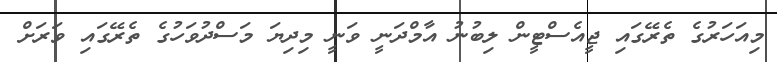
މިއަހަރުގެ ތެރޭގައި ޖީއެސްޓީން ލިބުނު އާމްދަނީ ވަނީ މިދިޔަ މަސްދުވަހުގެ ތެރޭގައި ވަރަށް